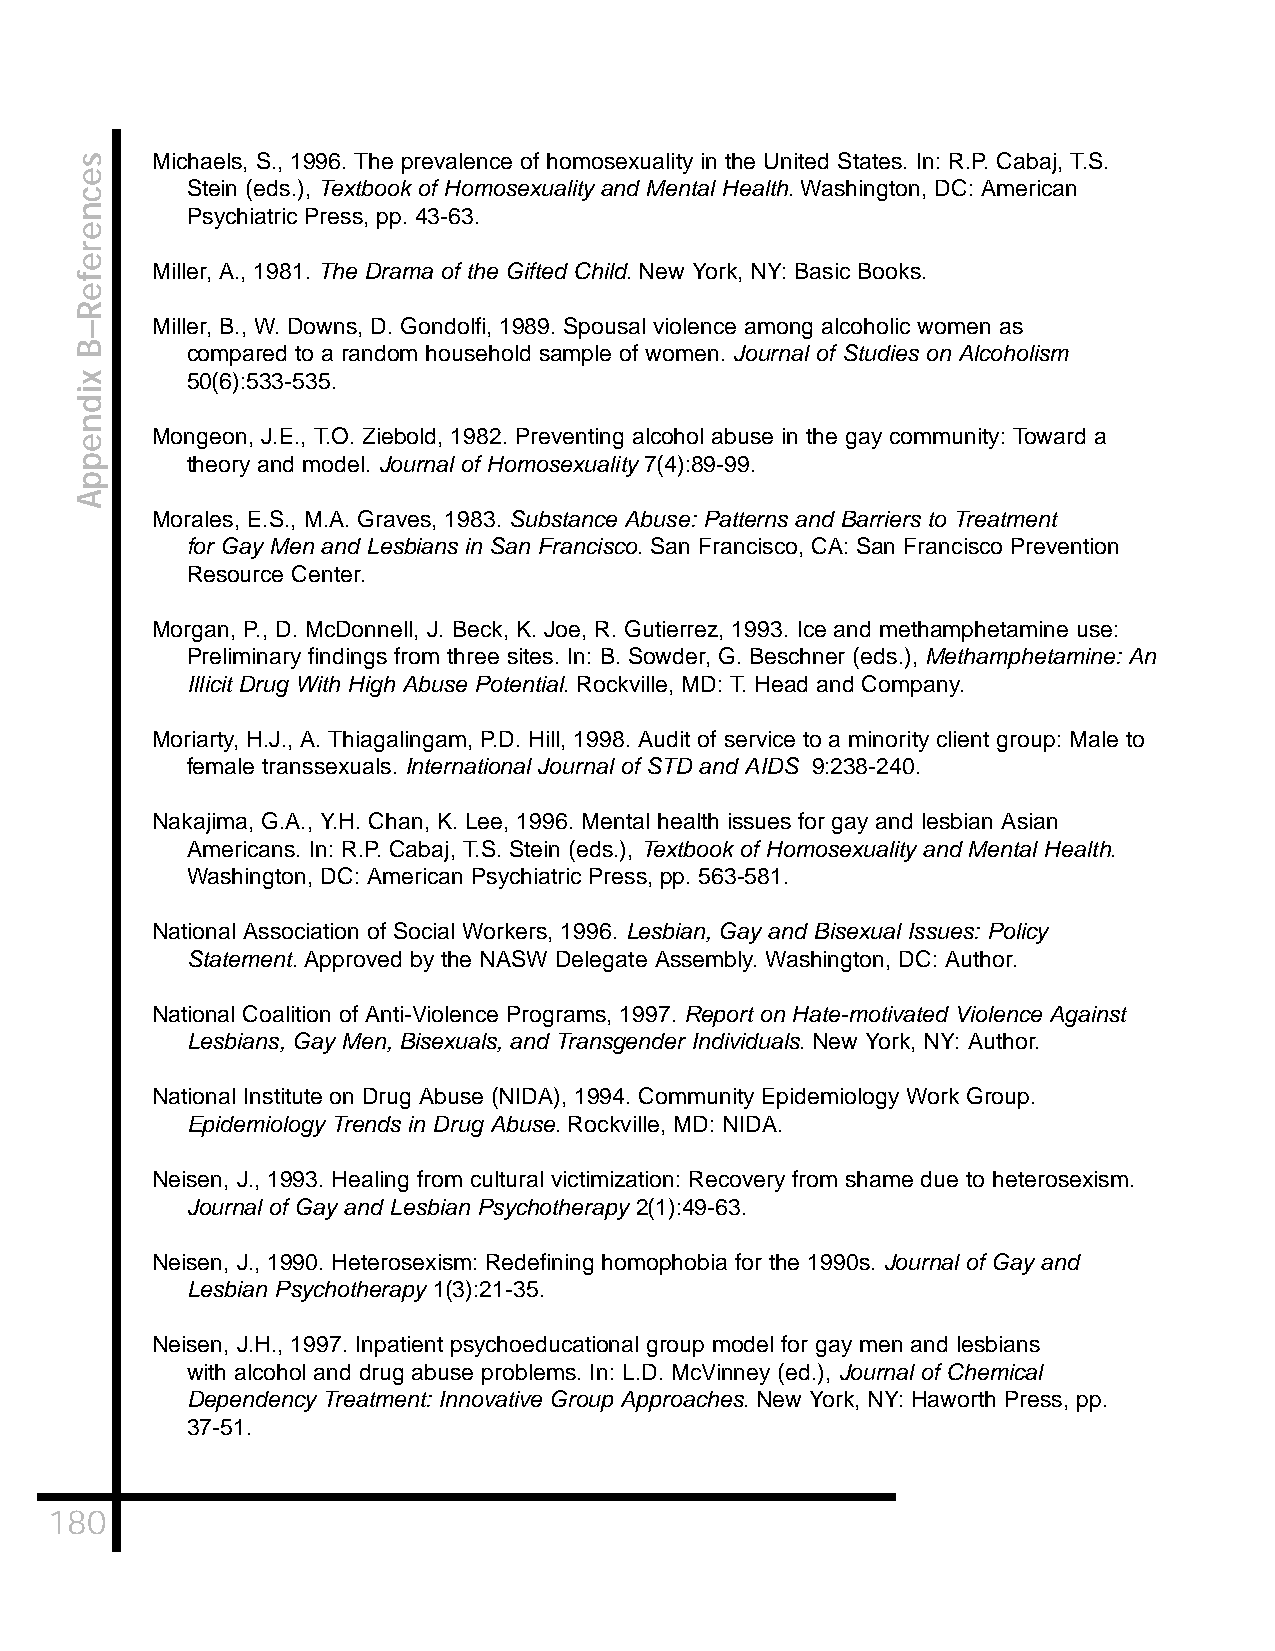
Michaels, S., 1996. The prevalence of homosexuality in the United States. In: R.P. Cabaj, T.S.
 Stein (eds.), Textbook of Homosexuality and Mental Health. Washington, DC: American
 Psychiatric Press, pp. 43-63.
 Miller, A., 1981. The Drama of the Gifted Child. New York, NY: Basic Books.
 Miller, B., W. Downs, D. Gondolfi, 1989. Spousal violence among alcoholic women as
 compared to a random household sample of women. Journal of Studies on Alcoholism
 50(6):533-535.
 Mongeon, J.E., T.O. Ziebold, 1982. Preventing alcohol abuse in the gay community: Toward a
 theory and model. Journal of Homosexuality 7(4):89-99.
 Morales, E.S., M.A. Graves, 1983. Substance Abuse: Patterns and Barriers to Treatment
 for Gay Men and Lesbians in San Francisco. San Francisco, CA: San Francisco Prevention
 Resource Center.
 Morgan, P., D. McDonnell, J. Beck, K. Joe, R. Gutierrez, 1993. Ice and methamphetamine use:
 Preliminary findings from three sites. In: B. Sowder, G. Beschner (eds.), Methamphetamine: An
 Illicit Drug With High Abuse Potential. Rockville, MD: T. Head and Company.
 Moriarty, H.J., A. Thiagalingam, P.D. Hill, 1998. Audit of service to a minority client group: Male to
 female transsexuals. International Journal of STD and AIDS 9:238-240.
 Nakajima, G.A., Y.H. Chan, K. Lee, 1996. Mental health issues for gay and lesbian Asian
 Americans. In: R.P. Cabaj, T.S. Stein (eds.), Textbook of Homosexuality and Mental Health.
 Washington, DC: American Psychiatric Press, pp. 563-581.
 National Association of Social Workers, 1996. Lesbian, Gay and Bisexual Issues: Policy
 Statement. Approved by the NASW Delegate Assembly. Washington, DC: Author.
 National Coalition of Anti-Violence Programs, 1997. Report on Hate-motivated Violence Against
 Lesbians, Gay Men, Bisexuals, and Transgender Individuals. New York, NY: Author.
 National Institute on Drug Abuse (NIDA), 1994. Community Epidemiology Work Group.
 Epidemiology Trends in Drug Abuse. Rockville, MD: NIDA.
 Neisen, J., 1993. Healing from cultural victimization: Recovery from shame due to heterosexism.
 Journal of Gay and Lesbian Psychotherapy 2(1):49-63.
 Neisen, J., 1990. Heterosexism: Redefining homophobia for the 1990s. Journal of Gay and
 Lesbian Psychotherapy 1(3):21-35.
 Neisen, J.H., 1997. Inpatient psychoeducational group model for gay men and lesbians
 with alcohol and drug abuse problems. In: L.D. McVinney (ed.), Journal of Chemical
 Dependency Treatment: Innovative Group Approaches. New York, NY: Haworth Press, pp.
 37-51.
 180
 secnerefeR–B
 xidneppA